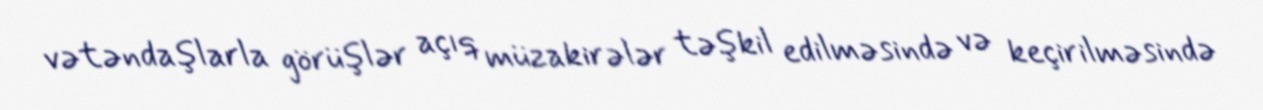
vətəndaşlarla görüşlər açıq müzakirələr təşkil edilməsində və keçirilməsində